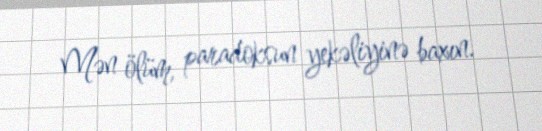
Mən ölüm, paradoksun yekəliyinə baxın.